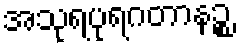
အသုရပုရဂတာနဉ္စ